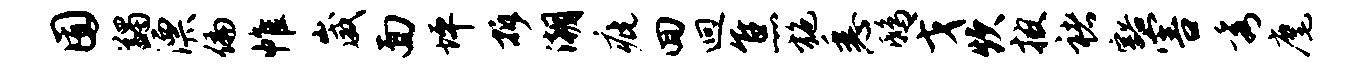
囿蠲漂偏帷崴面坪拆潮疵回迥焦施悉鸱戈炊披褚豁害秀麾